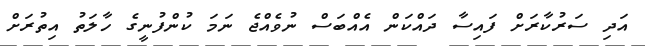
އަދި ސަރުކާރަށް ފައިސާ ދައްކަން އެއްބަސް ނުވެއްޖެ ނަމަ ކުންފުނީގެ ހާލަތު އިތުރަށް